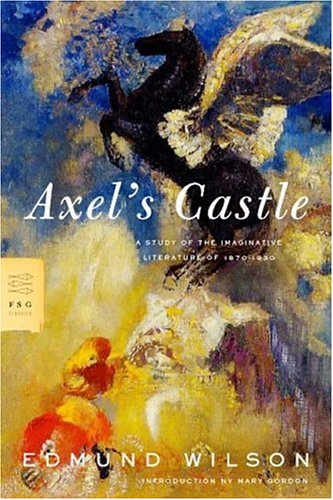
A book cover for Axel's Castle: A Study of the Imaginative Literature of 1870-1930 (FSG Classics); Edmund Wilson; Mystery, Thriller & Suspense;